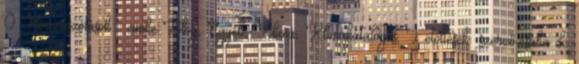
0 Hozzászólások cimke:Blog, Egyéb, Klíma, Klímakatalógus, Letöltések szerző:csaba de